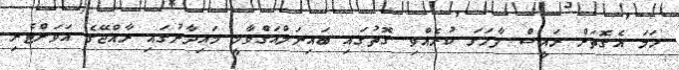
ހަމަ އެގޮތަށް ރައީސް ފާހަގަ ކުރެއްވި ގޮތުގައި ބައިނަލްއަގްވާމީ މައިދާނުގައި ރާއްޖޭގެ އަވަށްޓެރި